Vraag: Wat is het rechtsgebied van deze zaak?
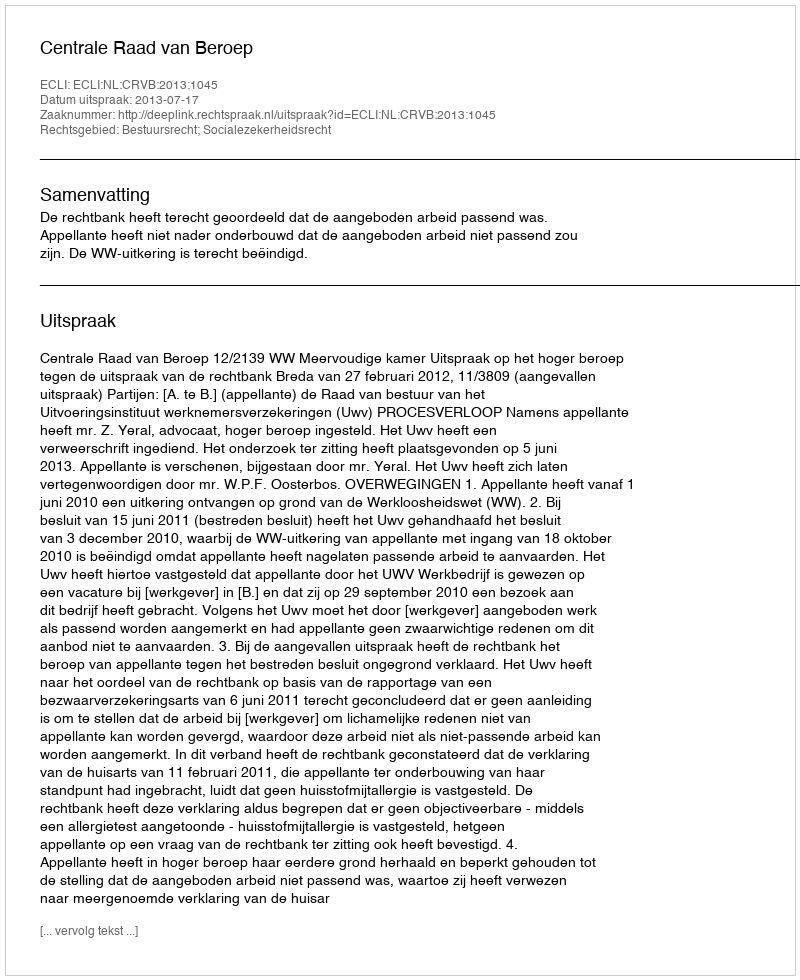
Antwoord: Bestuursrecht; Socialezekerheidsrecht